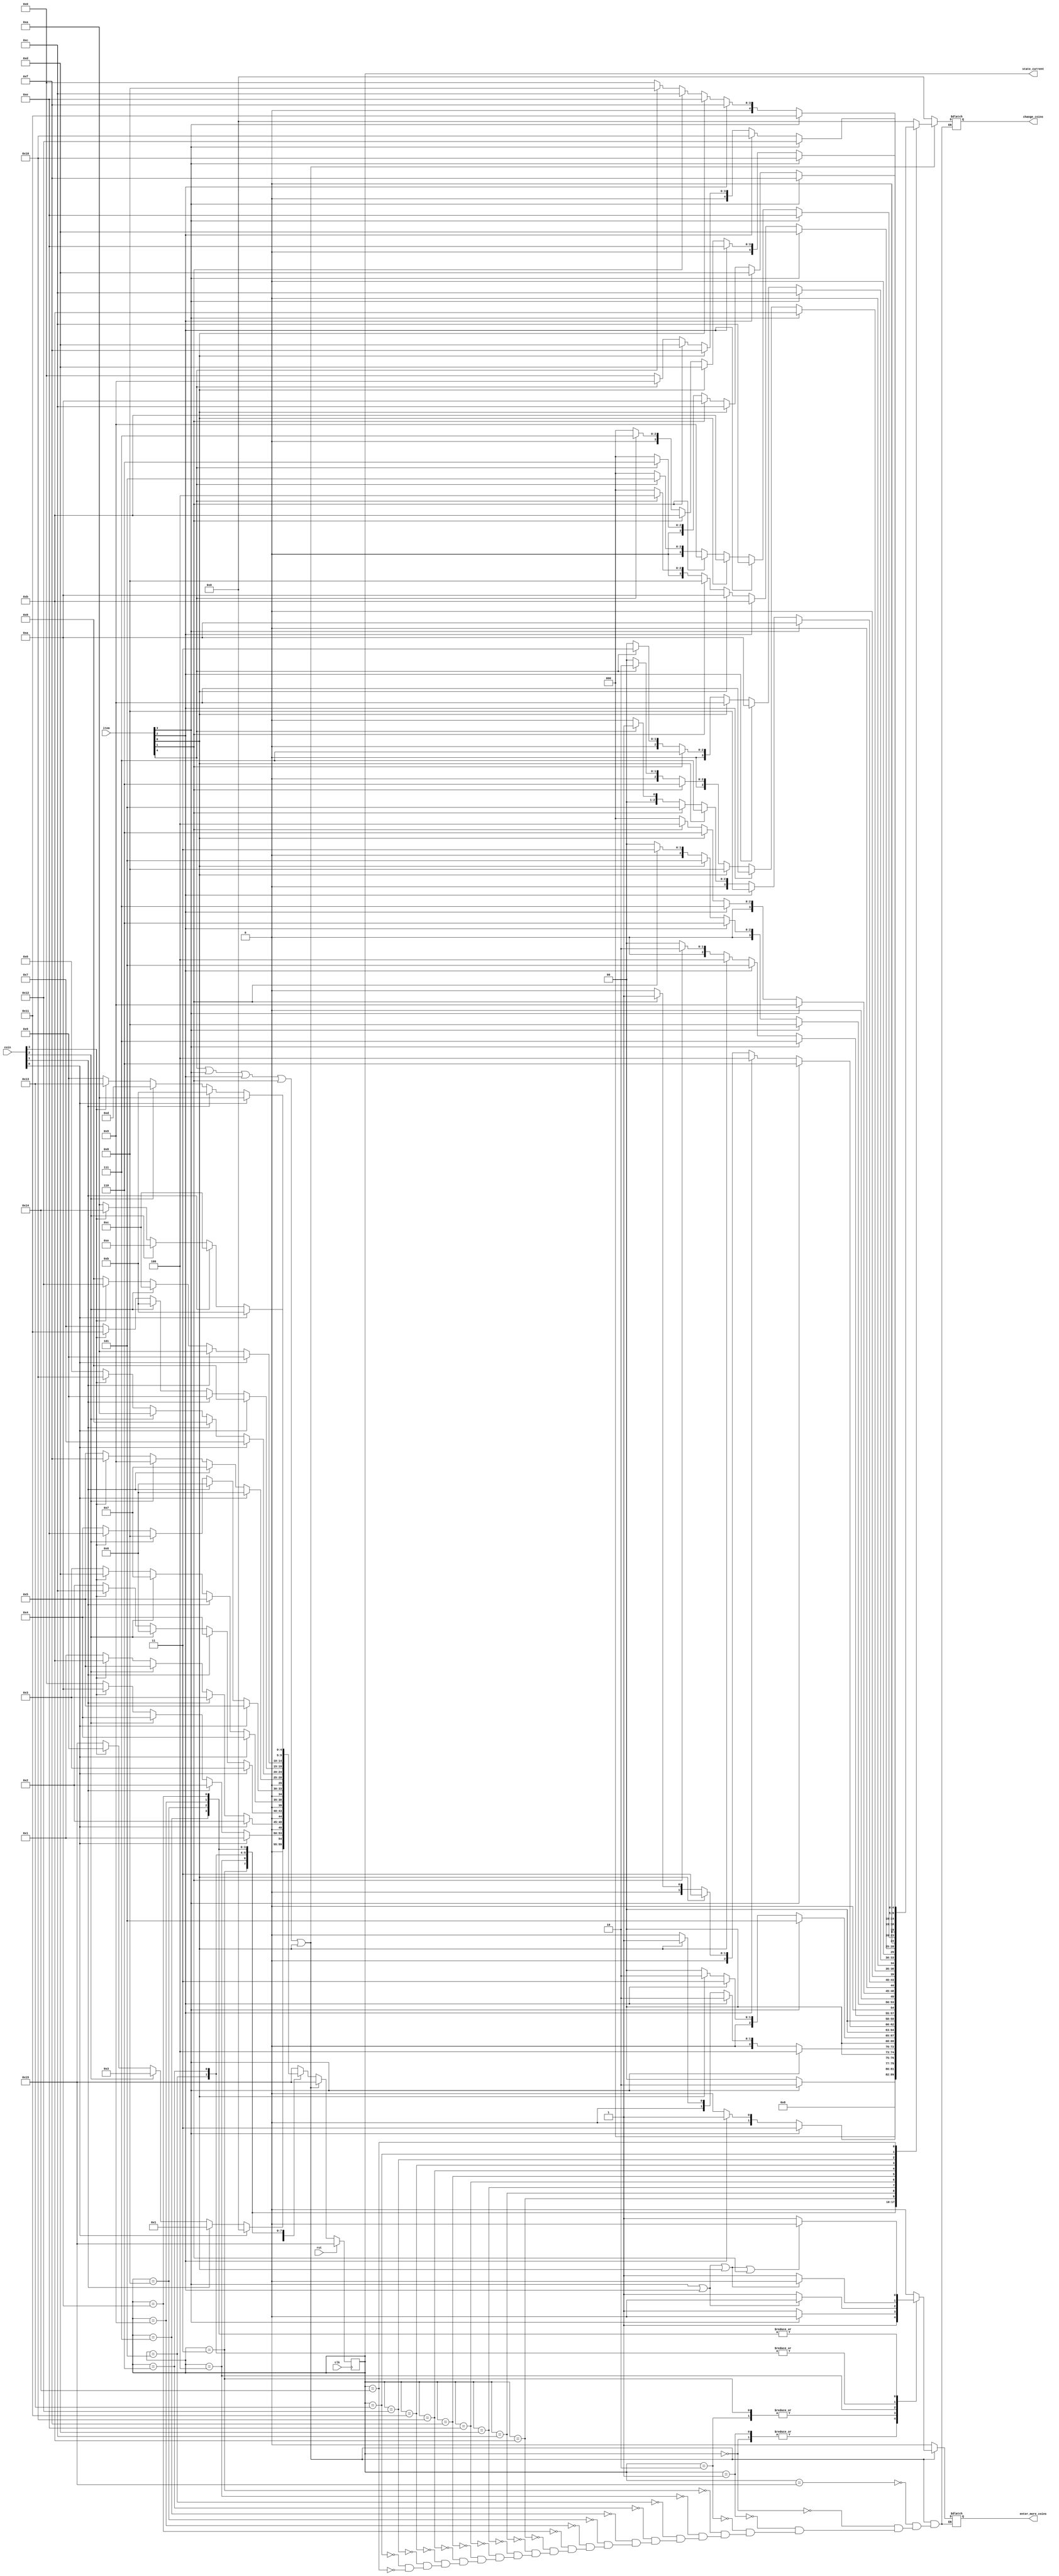
`timescale 1ns / 1ps

module vending_machine_top(
    input clk,
    input rst,
    input [3:0] coin,
    input [4:0] item,
    output reg [4:0] change_coins,
    output reg enter_more_coins,
    output [4:0] state_current
    );
    
    // States travelled when coins are recieved
    parameter [4:0] state_5  = 5'b00000,
                    state_10 = 5'b00001,
                    state_15 = 5'b00010,
                    state_20 = 5'b00011,
                    state_25 = 5'b00100,
                    state_30 = 5'b00101,
                    state_35 = 5'b00110,
                    state_40 = 5'b00111,
                    state_45 = 5'b01000,
                    state_50 = 5'b01001,
                    state_55 = 5'b01010,
                    state_60 = 5'b01011,
                    state_65 = 5'b01100,
                    state_70 = 5'b01101,
                    state_75 = 5'b01110,
                    state_80 = 5'b01111,
                    state_85 = 5'b10000,
                    state_90 = 5'b10001,
                    state_95 = 5'b10010,
                    state_100 = 5'b10011,
                    state_105 = 5'b10100,
                    idle      = 5'b10101;
                    
        reg [4:0] state, next_state;
     
//      Signal Description
//      item
//      item is a 5-bit input, used one-hot encoding for items
//      item[4] <= Pastic tub           50
//      item[3] <= wrapper              15
//      item[2] <= plastic bottle       25
//      item[1] <= can                  40
//      item[0] <= packet               30

//      coin
//      coin is a 4-bit input, used one-hot encoding for coin detection
//      coin[3] <= 50
//      coin[2] <= 20
//      coin[1] <= 10
//      coin[0] <= 5
     
     // Thi signal indicates, an item has been selected and when selected, enter_coin signal should go low               
     wire item_selected = item[4] | item[3] | item[2] | item[1] | item[0]; 
     
     always @ (*)
     begin
        if (!item_selected) begin
        case (state)
            idle: begin
                if (coin[0])
                    next_state <= state_5;
                else if (coin[1])
                    next_state <= state_10;
                else if (coin[2])
                    next_state <= state_20;
                else if (coin[3])
                    next_state <= state_50;
                else
                    next_state <= idle;
            end
            
            state_5: begin
                if (coin[0])
                    next_state <= state_10;
                else if (coin[1])
                    next_state <= state_15;
                else if (coin[2])
                    next_state <= state_25;
                else if (coin[3])
                    next_state <= state_55;
                else
                    next_state <= state_5;
            end
            
            state_10: begin
                if (coin[0])
                    next_state <= state_15;
                else if (coin[1])
                    next_state <= state_20;
                else if (coin[2])
                    next_state <= state_30;
                else if (coin[3])
                    next_state <= state_60;
                else
                    next_state <= state_10;
            end
            
            state_15: begin
                if (coin[0])
                    next_state <= state_20;
                else if (coin[1])
                    next_state <= state_25;
                else if (coin[2])
                    next_state <= state_35;
                else if (coin[3])
                    next_state <= state_65;
                else
                    next_state <= state_15;
            end
            
            state_20: begin
                if (coin[0])
                    next_state <= state_25;
                else if (coin[1])
                    next_state <= state_30;
                else if (coin[2])
                    next_state <= state_40;
                else if (coin[3])
                    next_state <= state_70;
                else
                    next_state <= state_20;
            end
            
            state_25: begin
                if (coin[0])
                    next_state <= state_30;
                else if (coin[1])
                    next_state <= state_35;
                else if (coin[2])
                    next_state <= state_45;
                else if (coin[3])
                    next_state <= state_75;
                else
                    next_state <= state_25;
            end
            
            state_30: begin
                if (coin[0])
                    next_state <= state_35;
                else if (coin[1])
                    next_state <= state_40;
                else if (coin[2])
                    next_state <= state_50;
                else if (coin[3])
                    next_state <= state_80;
                else
                    next_state <= state_30;
            end
            
            state_35: begin
                if (coin[0])
                    next_state <= state_40;
                else if (coin[1])
                    next_state <= state_45;
                else if (coin[2])
                    next_state <= state_55;
                else if (coin[3])
                    next_state <= state_85;
                else
                    next_state <= state_35;
            end
            
            state_40: begin
                if (coin[0])
                    next_state <= state_45;
                else if (coin[1])
                    next_state <= state_50;
                else if (coin[2])
                    next_state <= state_60;
                else if (coin[3])
                    next_state <= state_90;
                else
                    next_state <= state_40;
            end
            
            state_45: begin
                if (coin[0])
                    next_state <= state_50;
                else if (coin[1])
                    next_state <= state_55;
                else if (coin[2])
                    next_state <= state_65;
                else if (coin[3])
                    next_state <= state_95;
                else
                    next_state <= state_45;
            end
            
            state_50: begin
                if (coin[0])
                    next_state <= state_55;
                else if (coin[1])
                    next_state <= state_60;
                else if (coin[2])
                    next_state <= state_70;
                else if (coin[3])
                    next_state <= state_100;
                else
                    next_state <= state_50;
            end
            
            state_55: begin
                if (coin[0])
                    next_state <= state_60;
                else if (coin[1])
                    next_state <= state_65;
                else if (coin[2])
                    next_state <= state_75;
                else if (coin[3])
                    next_state <= state_105;
                else
                    next_state <= state_55;
            end
            
            state_60: begin
                next_state <= idle;
            end
            
            state_65: begin
                next_state <= idle;
            end
            
            state_70: begin
                next_state <= idle;
            end
            
            state_75: begin
                next_state <= idle;
            end
            
            state_80: begin
                next_state <= idle;
            end
            
            state_85: begin
                next_state <= idle;
            end
            
            state_90: begin
                next_state <= idle;
            end
            
            state_95: begin
                next_state <= idle;
            end
            
            state_100: begin
                next_state <= idle;
            end
            
            state_105: begin
                next_state <= idle;
            end
            
            default: begin
                next_state <= idle;
            end
        endcase
        end
        else
        next_state <= idle;
     end
     
     always @ (posedge clk)
     begin
        if (rst)
            state <= idle;
        else
            state <= next_state;
     end
     
     
     always @ (*)
     begin
        if (item_selected)
        begin
            case (state)
                idle: begin
                    enter_more_coins <= 1'b0;
                    change_coins <= 4'b0;
                end
                state_5: begin
                    enter_more_coins <= 1'b1;
                    change_coins <= 5'b0;
                end
                state_10: begin
                    enter_more_coins <= 1'b1;
                    change_coins <= 5'b0;
                end
                state_15:begin
                    if (item[3])
                        enter_more_coins <= 1'b0;
                    else
                        enter_more_coins <= 1'b1;
                        
                    change_coins <= 5'b0;
                end
                state_20:begin
                    if (item[3])
                        enter_more_coins <= 1'b0;
                    else
                        enter_more_coins <= 1'b1;
                        
                    change_coins <= 5'b00001;
                end
                state_25:begin
                    if (item[3] | item[2])
                        enter_more_coins <= 1'b0;
                    else
                        enter_more_coins <= 1'b1;
                        
                    if (item[3])
                        change_coins <= 5'b00010;
                    else if (item[2])
                        change_coins <= 5'b00000;
                    else
                        change_coins <= 4'b0;
                end
                state_30:begin
                    if (item[3] | item[2] | item[0])
                        enter_more_coins <= 1'b0;
                    else
                        enter_more_coins <= 1'b1;
                        
                    if (item[3])
                        change_coins <= 5'b00011;
                    else if (item[2])
                        change_coins <= 5'b00001;
                    else if (item[0])
                        change_coins <= 5'b00000;
                    else
                        change_coins <= 5'b00000;
                end
                state_35:begin
                    if (item[3] | item[2] | item[0])
                        enter_more_coins <= 1'b0;
                    else
                        enter_more_coins <= 1'b1;
                        
                    if (item[3])
                        change_coins <= 5'b00100;
                    else if (item[2])
                        change_coins <= 5'b00010;
                    else if (item[0])
                        change_coins <= 5'b00001;
                    else
                        change_coins <= 5'b00000;
                end
                state_40:begin
                    if (item[3] | item[2] | item[0] | item[1])
                        enter_more_coins <= 1'b0;
                    else
                        enter_more_coins <= 1'b1;
                        
                    if (item[3])
                        change_coins <= 5'b00101;
                    else if (item[2])
                        change_coins <= 5'b00011;
                    else if (item[0])
                        change_coins <= 5'b00010;
                    else if (item[1])
                        change_coins <= 5'b00000;
                    else
                        change_coins <= 5'b00000;
                end
                state_45:begin
                    if (item[3] | item[2] | item[0] | item[1])
                        enter_more_coins <= 1'b0;
                    else
                        enter_more_coins <= 1'b1;
                        
                    if (item[3])
                        change_coins <= 5'b00110;
                    else if (item[2])
                        change_coins <= 5'b00100;
                    else if (item[0])
                        change_coins <= 5'b00011;
                    else if (item[1])
                        change_coins <= 5'b00001;
                    else
                        change_coins <= 5'b00000;
                end
                state_50:begin
                    if (item[3] | item[2] | item[0] | item[1])
                        enter_more_coins <= 1'b0;
                    else
                        enter_more_coins <= 1'b1;
                        
                    if (item[3])
                        change_coins <= 5'b00111;
                    else if (item[2])
                        change_coins <= 5'b00101;
                    else if (item[0])
                        change_coins <= 5'b00100;
                    else if (item[1])
                        change_coins <= 5'b00010;
                    else
                        change_coins <= 5'b00000;
                end
                state_55:begin
                    if (item[3] | item[2] | item[0] | item[1])
                        enter_more_coins <= 1'b0;
                    else
                        enter_more_coins <= 1'b1;
                        
                    if (item[3])
                        change_coins <= 5'b1000;
                    else if (item[2])
                        change_coins <= 5'b00110;
                    else if (item[0])
                        change_coins <= 5'b00101;
                    else if (item[1])
                        change_coins <= 5'b00011;
                    else
                        change_coins <= 5'b00000;
                end
                state_60:begin
                    // if (item[3] | item[2] | item[0] | item[1] | item[4])
                        enter_more_coins <= 1'b0;
                    // else
                    //   enter_more_coins <= 1'b1;
                        
                    if (item[3])
                        change_coins <= 5'b01001;
                    else if (item[2])
                        change_coins <= 5'b00111;
                    else if (item[0])
                        change_coins <= 5'b00110;
                    else if (item[1])
                        change_coins <= 5'b00100;
                    else if (item[4])
                        change_coins <= 5'b00000;
                    else
                        change_coins <= 5'b00000;
                end
                state_65:begin
                    // if (item[3] | item[2] | item[0] | item[1] | item[4])
                        enter_more_coins <= 1'b0;
                    // else
                    //   enter_more_coins <= 1'b1;
                        
                    if (item[3])
                        change_coins <= 5'b01010;
                    else if (item[2])
                        change_coins <= 5'b01000;
                    else if (item[0])
                        change_coins <= 5'b00111;
                    else if (item[1])
                        change_coins <= 5'b00101;
                    else if (item[4])
                        change_coins <= 5'b00001;
                    else
                        change_coins <= 5'b00000;
                end
                state_70:begin
                    // if (item[3] | item[2] | item[0] | item[1] | item[4])
                        enter_more_coins <= 1'b0;
                    // else
                    //   enter_more_coins <= 1'b1;
                        
                    if (item[3])
                        change_coins <= 5'b01011;
                    else if (item[2])
                        change_coins <= 5'b01001;
                    else if (item[0])
                        change_coins <= 5'b01000;
                    else if (item[1])
                        change_coins <= 5'b00110;
                    else if (item[4])
                        change_coins <= 5'b00010;
                    else
                        change_coins <= 5'b00000;
                end
                state_75:begin
                    // if (item[3] | item[2] | item[0] | item[1] | item[4])
                        enter_more_coins <= 1'b0;
                    // else
                    //   enter_more_coins <= 1'b1;
                        
                    if (item[3])
                        change_coins <= 5'b01100;
                    else if (item[2])
                        change_coins <= 5'b01010;
                    else if (item[0])
                        change_coins <= 5'b01001;
                    else if (item[1])
                        change_coins <= 5'b00111;
                    else if (item[4])
                        change_coins <= 5'b00011;
                    else
                        change_coins <= 5'b00000;
                end
                state_80:begin
                    // if (item[3] | item[2] | item[0] | item[1] | item[4])
                        enter_more_coins <= 1'b0;
                    // else
                    //   enter_more_coins <= 1'b1;
                        
                    if (item[3])
                        change_coins <= 5'b01101;
                    else if (item[2])
                        change_coins <= 5'b01011;
                    else if (item[0])
                        change_coins <= 5'b01010;
                    else if (item[1])
                        change_coins <= 5'b01000;
                    else if (item[4])
                        change_coins <= 5'b00100;
                    else
                        change_coins <= 5'b00000;
                end
                state_85:begin
                    // if (item[3] | item[2] | item[0] | item[1] | item[4])
                        enter_more_coins <= 1'b0;
                    // else
                    //   enter_more_coins <= 1'b1;
                        
                    if (item[3])
                        change_coins <= 5'b01110;
                    else if (item[2])
                        change_coins <= 5'b01100;
                    else if (item[0])
                        change_coins <= 5'b01011;
                    else if (item[1])
                        change_coins <= 5'b01001;
                    else if (item[4])
                        change_coins <= 5'b00101;
                    else
                        change_coins <= 5'b00000;
                end
                state_90:begin
                    // if (item[3] | item[2] | item[0] | item[1] | item[4])
                        enter_more_coins <= 1'b0;
                    // else
                    //   enter_more_coins <= 1'b1;
                        
                    if (item[3])
                        change_coins <= 5'b01111;
                    else if (item[2])
                        change_coins <= 5'b01101;
                    else if (item[0])
                        change_coins <= 5'b01100;
                    else if (item[1])
                        change_coins <= 5'b01010;
                    else if (item[4])
                        change_coins <= 5'b00110;
                    else
                        change_coins <= 5'b00000;
                end
                state_95:begin
                    // if (item[3] | item[2] | item[0] | item[1] | item[4])
                        enter_more_coins <= 1'b0;
                    // else
                    //   enter_more_coins <= 1'b1;
                        
                    if (item[3])
                        change_coins <= 5'b10000;
                    else if (item[2])
                        change_coins <= 5'b01110;
                    else if (item[0])
                        change_coins <= 5'b01101;
                    else if (item[1])
                        change_coins <= 5'b01011;
                    else if (item[4])
                        change_coins <= 5'b00111;
                    else
                        change_coins <= 5'b00000;
                end
                state_100:begin
                    // if (item[3] | item[2] | item[0] | item[1] | item[4])
                        enter_more_coins <= 1'b0;
                    // else
                    //   enter_more_coins <= 1'b1;
                        
                    if (item[3])
                        change_coins <= 5'b10001;
                    else if (item[2])
                        change_coins <= 5'b01111;
                    else if (item[0])
                        change_coins <= 5'b01110;
                    else if (item[1])
                        change_coins <= 5'b01100;
                    else if (item[4])
                        change_coins <= 5'b01000;
                    else
                        change_coins <= 5'b00000;
                end
                state_105:begin
                    // if (item[3] | item[2] | item[0] | item[1] | item[4])
                        enter_more_coins <= 1'b0;
                    // else
                    //   enter_more_coins <= 1'b1;
                        
                    if (item[3])
                        change_coins <= 5'b10010;
                    else if (item[2])
                        change_coins <= 5'b10000;
                    else if (item[0])
                        change_coins <= 5'b01111;
                    else if (item[1])
                        change_coins <= 5'b01101;
                    else if (item[4])
                        change_coins <= 5'b01001;
                    else
                        change_coins <= 5'b00000;
                end
            endcase
        end
        else
        begin
        enter_more_coins <= 1'b0;
        change_coins <= 4'b0;
        end
     end
     
     assign state_current = state;
endmodule